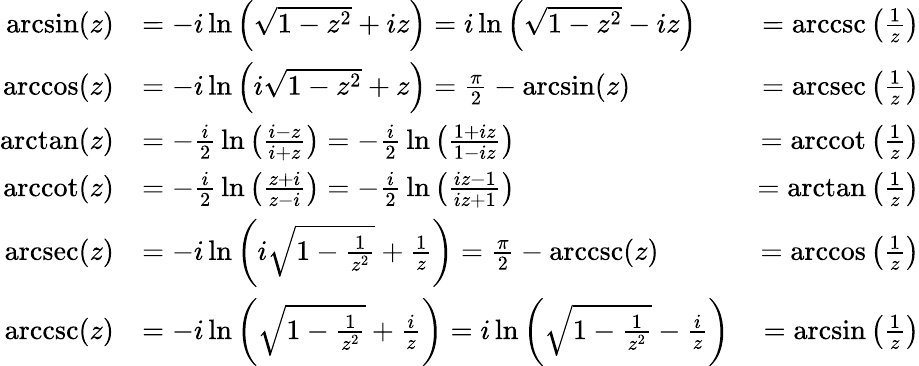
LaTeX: {\begin{array}{rlr}{\arcsin(z)}&{=-i\ln\left({\sqrt{1-z^{2}}}+iz\right)=i\ln\left({\sqrt{1-z^{2}}}-iz\right)}&{=\operatorname{arccsc}\left({\frac{1}{z}}\right)}\\ {\operatorname{arccos}(z)}&{=-i\ln\left(i{\sqrt{1-z^{2}}}+z\right)={\frac{\pi}{2}}-\arcsin(z)}&{=\operatorname{arcsec}\left({\frac{1}{z}}\right)}\\ {\arctan(z)}&{=-{\frac{i}{2}}\ln\left({\frac{i-z}{i+z}}\right)=-{\frac{i}{2}}\ln\left({\frac{1+iz}{1-iz}}\right)}&{=\operatorname{arccot}\left({\frac{1}{z}}\right)}\\ {\operatorname{arccot}(z)}&{=-{\frac{i}{2}}\ln\left({\frac{z+i}{z-i}}\right)=-{\frac{i}{2}}\ln\left({\frac{iz-1}{iz+1}}\right)}&{=\arctan\left({\frac{1}{z}}\right)}\\ {\operatorname{arcsec}(z)}&{=-i\ln\left(i{\sqrt{1-{\frac{1}{z^{2}}}}}+{\frac{1}{z}}\right)={\frac{\pi}{2}}-\operatorname{arccsc}(z)}&{=\operatorname{arccos}\left({\frac{1}{z}}\right)}\\ {\operatorname{arccsc}(z)}&{=-i\ln\left({\sqrt{1-{\frac{1}{z^{2}}}}}+{\frac{i}{z}}\right)=i\ln\left({\sqrt{1-{\frac{1}{z^{2}}}}}-{\frac{i}{z}}\right)}&{=\arcsin\left({\frac{1}{z}}\right)}\end{array}}